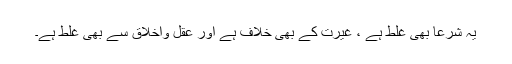
یہ شرعاً بھی غلط ہے ، غیرت کے بھی خلاف ہے اور عقل واخلاق سے بھی غلط ہے۔